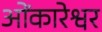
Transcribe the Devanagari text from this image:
ओेंकारेश्वर